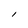
Character: I